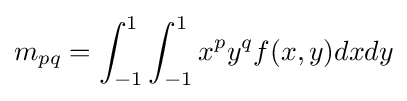
m_{pq}=\int _{-1}^{1}\int _{-1}^{1}x^{p}y^{q}f(x,y)dxdy